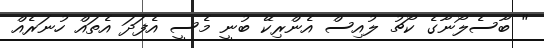
" ބާސެލޯނާގެ ކޯޗު ލުއިސް އެންރިކޭ ބުނީ މެސީ އެފަދަ އެތައް ހުނަރެއް